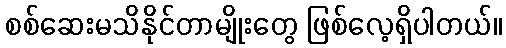
စစ်ဆေးမသိနိုင်တာမျိုးတွေ ဖြစ်လေ့ရှိပါတယ်။